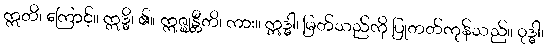
ဣတိ၊ ကြောင့်။ ဣဒ္ဓိ၊ ၏။ ဣဇ္ဈန္တီတိ၊ ကား။ ဣဒ္ဓါ၊ မြတ်သည်ကို ပြုတတ်ကုန်သည်။ ဝုဒ္ဓါ၊